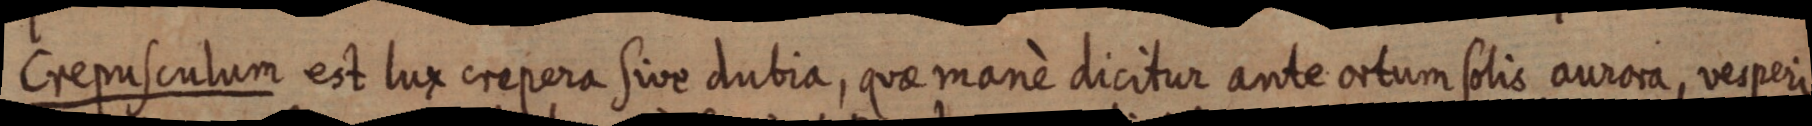
Crepusculum est lux crepera sive dubia, quae manè dicitur ante ortum solis aurora, vesperi